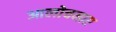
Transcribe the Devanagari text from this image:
आलोचनाए